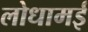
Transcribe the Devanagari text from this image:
लोधामई